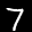
Label: 7